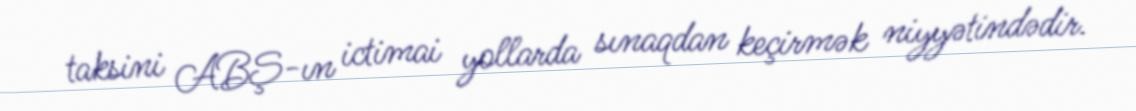
taksini ABŞ-ın ictimai yollarda sınaqdan keçirmək niyyətindədir.